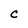
Character: C